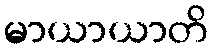
မာယာယာတိ